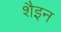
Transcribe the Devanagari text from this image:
शैइन